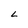
Character: L